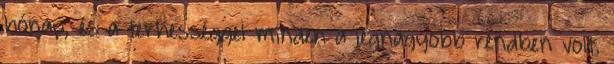
hónap, és a terhességgel minden a legnagyobb rendben volt.